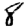
Digit: 8